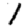
Digit: 1